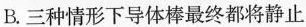
B.三种情形下导体棒最终都将静止